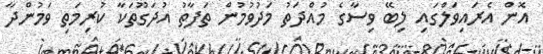
އޮން އެރައިވަލްގައި ލިބޭ ވިސާގެ މުއްދަތު މަދުވުމުން ތަފާތު އުދަގޫތަކާ ކުރިމަތި ވަމުންދާ